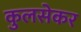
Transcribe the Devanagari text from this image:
कुलसेकर